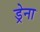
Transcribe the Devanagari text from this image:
ड्रेना